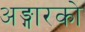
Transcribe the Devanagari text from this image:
अङ्गारको